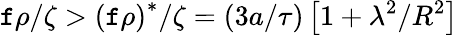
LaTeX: \mathtt{f}\rho/\zeta>\left(\mathtt{f}\rho\right)^{\ast}/\zeta=(3a/\tau)\left[1+\lambda^{2}/R^{2}\right]